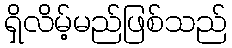
ရှိလိမ့်မည်ဖြစ်သည်